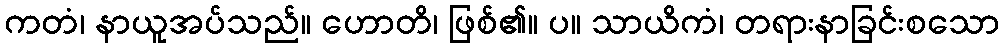
ကတံ၊ နာယူအပ်သည်။ ဟောတိ၊ ဖြစ်၏။ ပ။ သာယိကံ၊ တရားနာခြင်းစသော